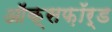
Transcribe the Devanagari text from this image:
ऑक्सफ़ॉर्ड